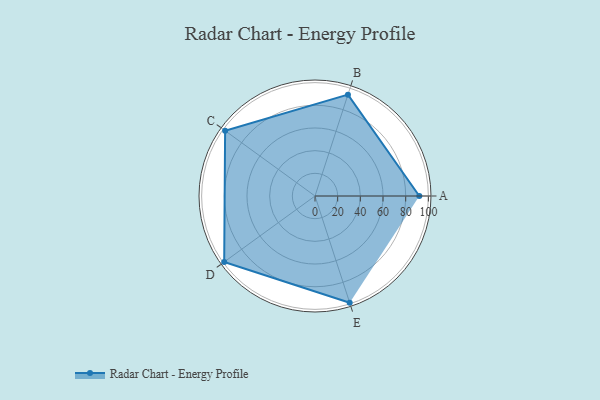
{"axis": {"x": "Skill", "y": "Score"}, "legend": ["Profile"], "data": [{"x": "A", "y": 92.0, "type": "Profile"}, {"x": "B", "y": 94.0, "type": "Profile"}, {"x": "C", "y": 98.0, "type": "Profile"}, {"x": "D", "y": 99, "type": "Profile"}, {"x": "E", "y": 99, "type": "Profile"}]}